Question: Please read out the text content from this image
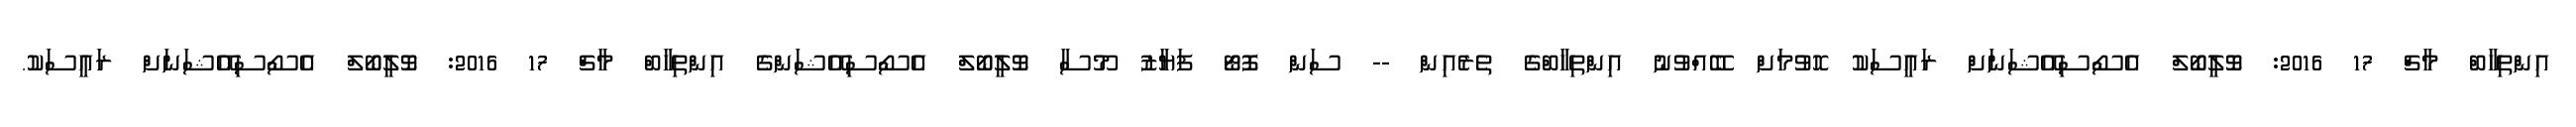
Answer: އިންތިހާބް މާޗް 17 2016: ވޮލީބޯލް އެސޯސިއޭޝަނަށް ރައީސަކު ހޮވުމަށް ބޭއްވުނު އިންތިހާބްގެ ތެރެއިން -- ސަން ފޮޓޯ ފަޔާޒު މޫސާ ވޮލީބޯލް އެސޯސިއޭޝަންގެ އިންތިހާބް މާޗް 17 2016: ވޮލީބޯލް އެސޯސިއޭޝަނަށް ރައީސަކު.